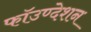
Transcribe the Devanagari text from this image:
फॉउण्देशन